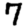
Digit: 7